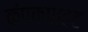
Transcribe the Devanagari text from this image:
कंपकपाहट